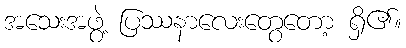
အသေးအဖွဲ့ ပြဿနာလေးတွေတော့ ရှိ၏။